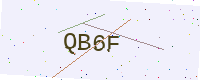
Text: QB6F